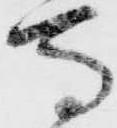
馬